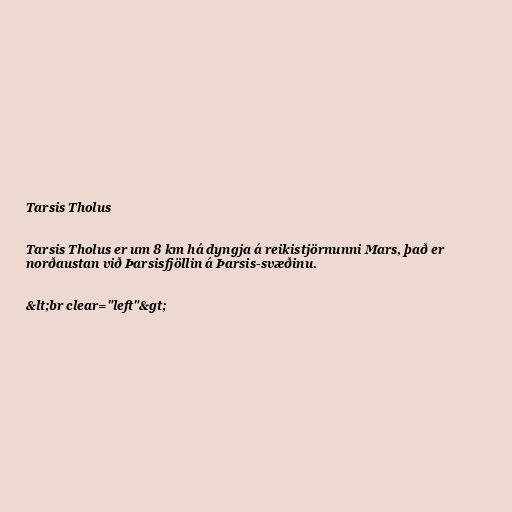
Tarsis Tholus

Tarsis Tholus er um 8 km há dyngja á reikistjörnunni Mars, það er
norðaustan við Þarsisfjöllin á Þarsis-svæðinu.

&lt;br clear="left"&gt;